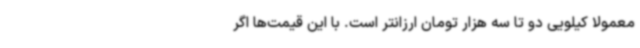
معمولا کیلویی دو تا سه هزار تومان ارزانتر است. با این قیمت‌ها اگر